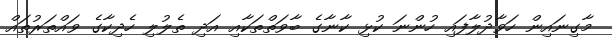
މާގިނައިން ހަވާދުލާފައި ހުންނަ ކުޅި ކާނާގެ ބާވަތްތަކާއި އަދި ތެލުލި ހެދިކާގެ ވައްތަރުތައް